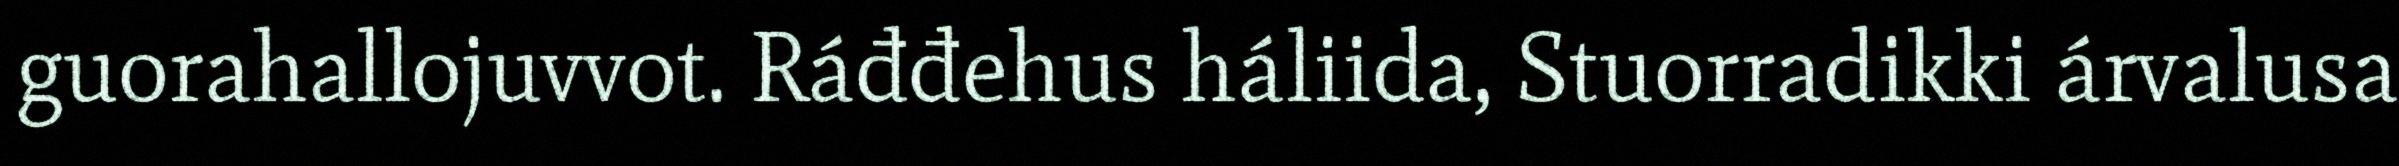
guorahallojuvvot. Ráđđehus háliida, Stuorradikki árvalusa